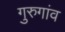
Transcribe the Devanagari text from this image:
गुरुगांव